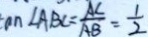
\tan \angle A B C = \frac { A C } { A B } = \frac { 1 } { 2 }